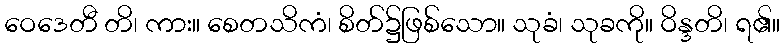
ဝေဒေတီ တိ၊ ကား။ စေတသိကံ၊ စိတ်၌ဖြစ်သော။ သုခံ၊ သုခကို။ ဝိန္ဒတိ၊ ရ၏။